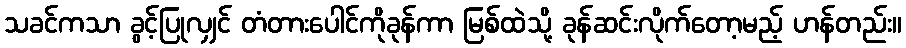
သခင်ကသာ ခွင့်ပြုလျှင် တံတားပေါင်ကိုခုန်ကာ မြစ်ထဲသို့ ခုန်ဆင်းလိုက်တော့မည့် ဟန်တည်း။